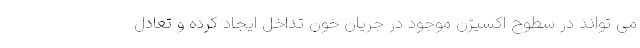
می تواند در سطوح اکسیژن موجود در جریان خون تداخل ایجاد کرده و تعادل